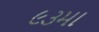
૯૩મા